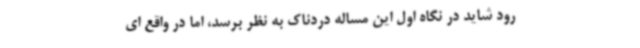
رود شاید در نگاه اول این مساله دردناک به نظر برسد، اما در واقع ای